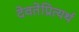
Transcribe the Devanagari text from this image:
देवतेप्रित्यर्थ